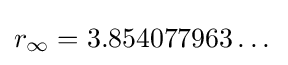
r_{\infty }=3.854077963\dots